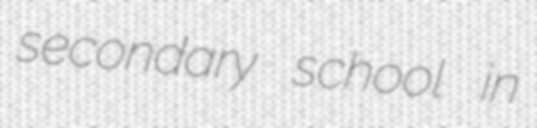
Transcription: secondary school in